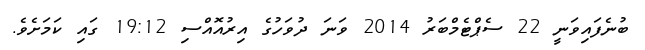
ބުނެފައިވަނީ 22 ސެޕްޓެމްބަރު 2014 ވަަނަ ދުވަހުގެ އިރުއޮއްސި 19:12 ގައި ކަަމަށެވެ.